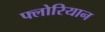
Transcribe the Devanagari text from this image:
फ्लोरियान